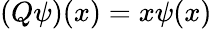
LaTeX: (Q\psi)(x)=x\psi(x)